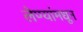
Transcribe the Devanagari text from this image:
लेण्यांमधून